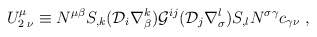
\begin{align*}U^{\mu}_{2\; \nu}\equiv N^{\mu \beta} S_{,k}({\cal D}_i \nabla ^{k}_{\beta}){\cal G}^{ij}({\cal D}_j \nabla^{l}_{\sigma})S_{,l} N^{\sigma \gamma }c_{\gamma \nu} \;,\end{align*}